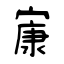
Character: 㝩